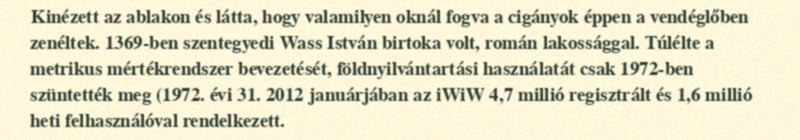
Kinézett az ablakon és látta, hogy valamilyen oknál fogva a cigányok éppen a vendéglőben zenéltek. 1369-ben szentegyedi Wass István birtoka volt, román lakossággal. Túlélte a metrikus mértékrendszer bevezetését, földnyilvántartási használatát csak 1972-ben szüntették meg (1972. évi 31. 2012 januárjában az iWiW 4,7 millió regisztrált és 1,6 millió heti felhasználóval rendelkezett.